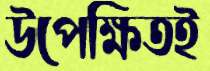
উপেক্ষিতই